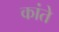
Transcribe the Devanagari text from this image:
कांते